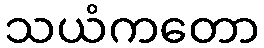
သယံကတော